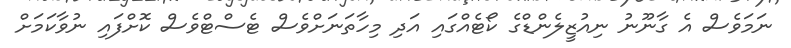
ނަމަވެސް އެ ގާނޫނު ނިއުޒީލެންޑްގެ ކޯޓެއްގައި އަދި މިހާތަނަށްވެސް ޓެސްޓްވެސް ކޮށްފައި ނުވާކަމަށް